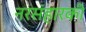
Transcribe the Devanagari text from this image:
नरसंहारकी